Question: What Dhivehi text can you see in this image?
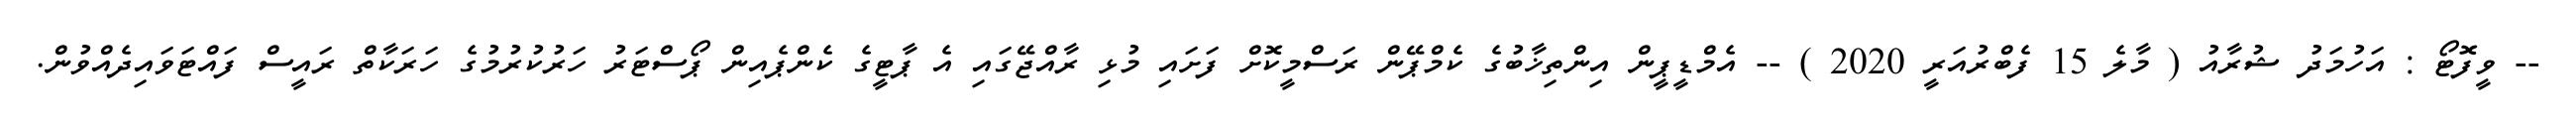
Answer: -- ވީފޮޓޯ : އަހުމަދު ޝުރާއު ( މާލެ 15 ފެބްރުއަރީ 2020 ) -- އެމްޑީޕީން އިންތިޚާބުގެ ކެމްޕޭން ރަސްމީކޮށް ފަށައި މުޅި ރާއްޖޭގައި އެ ޕާޓީގެ ކެންޕެއިން ޕޯސްޓަރު ހަރުކުރުމުގެ ހަރަކާތް ރައީސް ފައްޓަވައިދެއްވުން.